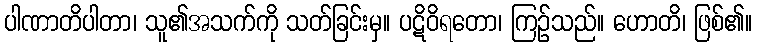
ပါဏာတိပါတာ၊ သူ၏အသက်ကို သတ်ခြင်းမှ။ ပဋိဝိရတော၊ ကြဉ်သည်။ ဟောတိ၊ ဖြစ်၏။